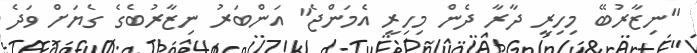
"ނިޒާރުބޭ މިހިރީ ދާރާ ދެން މިހިރީ އެމަންޖެ" އަންބަރު ނިޒާރުބެގެ ގެޔަށް ވަދެ